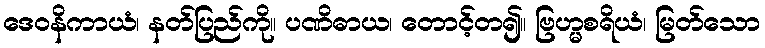
ဒေဝနိကာယံ၊ နတ်ပြည်ကို။ ပဏိဓာယ၊ တောင့်တ၍။ ဗြဟ္မစရိယံ၊ မြတ်သော